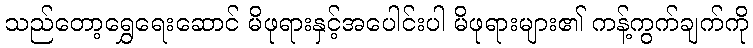
သည်တော့ရွှေရေးဆောင် မိဖုရားနှင့်အပေါင်းပါ မိဖုရားများ၏ ကန့်ကွက်ချက်ကို